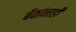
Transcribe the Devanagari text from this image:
बँकांनाही